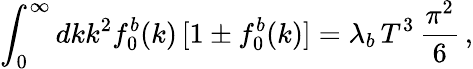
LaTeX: \int_{0}^{\infty}dkk^{2}f_{0}^{b}(k)\, [1\pm f_{0}^{b}(k)]=\lambda_{b}\, T^{3}\, \frac{\pi^{2}}{6}\, ,